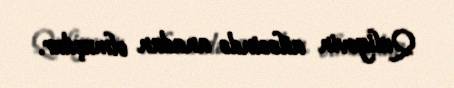
Quliyevin ailəsində anadan olmuşdur.